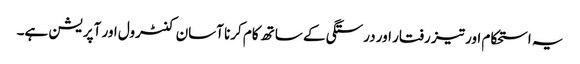
یہ استحکام اور تیز رفتار اور درستگی کے ساتھ کام کرنا آسان کنٹرول اور آپریشن ہے۔